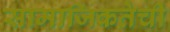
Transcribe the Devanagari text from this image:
सामाजिकतेची